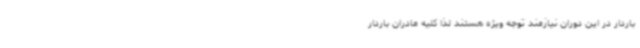
باردار در این دوران نیازمند توجه ویژه هستند لذا کلیه مادران باردار